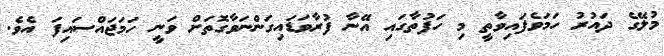
މުލޭގެ ދައުރު ހަމަވެފައިވާތީ މި ހަފުތާގައި އޭނާ ފުރާވަޑައިގަންނަވާގޮތަށް ވަނީ ހަމަޖައްސައިފަ އެވެ.